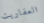
العفاريت